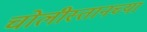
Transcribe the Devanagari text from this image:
चोलीस्तानच्या